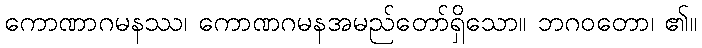
ကောဏာဂမနဿ၊ ကောဏဂမနအမည်တော်ရှိသော။ ဘဂဝတော၊ ၏။